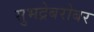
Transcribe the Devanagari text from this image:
सुभद्रेबरोबर